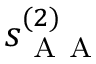
s _ { \mathrm { ~ A ~ A ~ } } ^ { ( 2 ) }